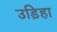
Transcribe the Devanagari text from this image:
उड़िहा